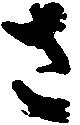
さ